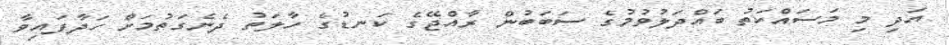
އަދި މި މަސައްކަތު ބައްދަލުވުމުގެ ސަބަބުން ރާއްޖޭގެ ކަނޑުގެ ހާލަތު ދެނެގަތުމަށް ހަދާފައިވާ